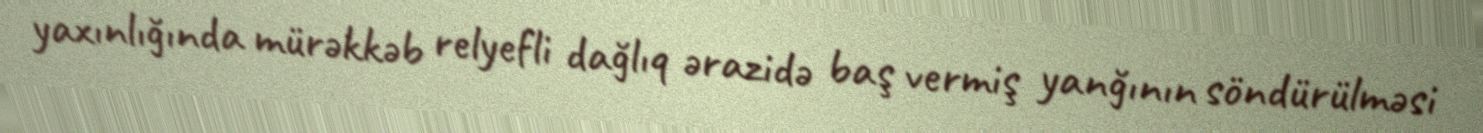
yaxınlığında mürəkkəb relyefli dağlıq ərazidə baş vermiş yanğının söndürülməsi